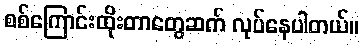
စစ်ကြောင်းထိုးတာတွေဆက် လုပ်နေပါတယ်။